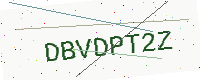
Text: DBVDPT2Z